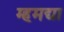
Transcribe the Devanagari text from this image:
म्हमद्या